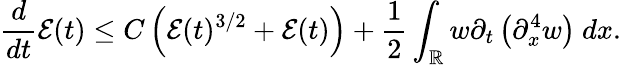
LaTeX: \frac{d}{dt}\mathcal{E}(t)\leq C\left(\mathcal{E}(t)^{3/2}+\mathcal{E}(t)\right)+\frac{1}{2}\int_{\mathbb R}w\partial_{t}\left(\partial_{x}^{4}w\right)\ dx.